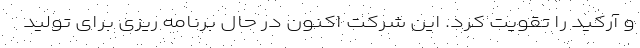
و آرکید را تقویت کرد. این شرکت اکنون در حال برنامه ریزی برای تولید